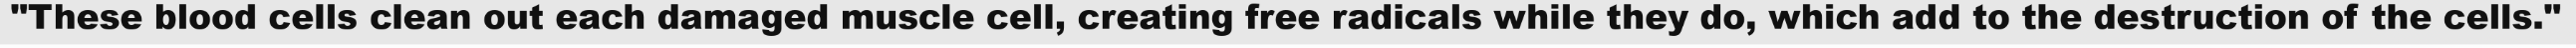
"These blood cells clean out each damaged muscle cell, creating free radicals while they do, which add to the destruction of the cells."